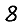
Digit: 8